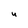
Character: U